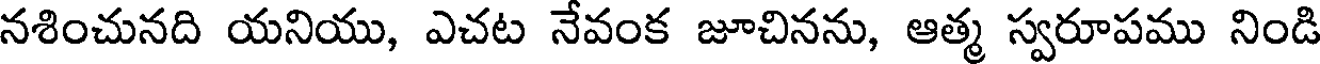
నశించునది యనియు, ఎచట నేవంక జూచినను, ఆత్మ స్వరూపము నిండి